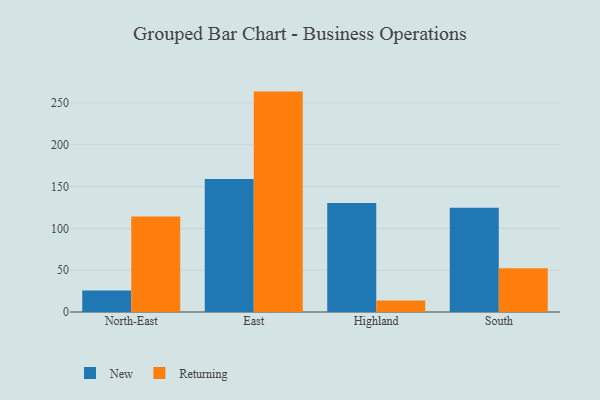
{"axis": {"x": "Region", "y": "Satisfaction Score"}, "legend": ["New", "Returning"], "data": [{"x": "North-East", "y": 25.7, "type": "New"}, {"x": "North-East", "y": 114.1, "type": "Returning"}, {"x": "East", "y": 159.0, "type": "New"}, {"x": "East", "y": 263.5, "type": "Returning"}, {"x": "Highland", "y": 130.3, "type": "New"}, {"x": "Highland", "y": 13.8, "type": "Returning"}, {"x": "South", "y": 124.5, "type": "New"}, {"x": "South", "y": 52.4, "type": "Returning"}]}